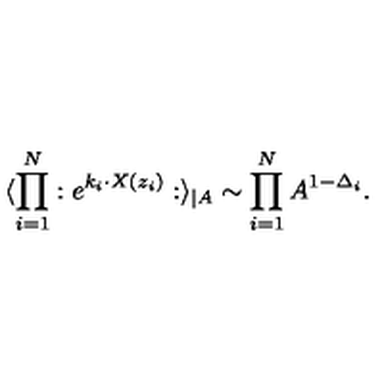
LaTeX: \langle \prod _ { i = 1 } ^ { N } : e ^ { k _ { i } \cdot X ( z _ { i } ) } : \rangle _ { \mid A } \sim \prod _ { i = 1 } ^ { N } A ^ { 1 - \Delta _ { i } } .